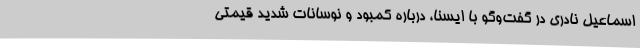
اسماعیل نادری در گفت‌وگو با ایسنا، درباره کمبود و نوسانات شدید قیمتی